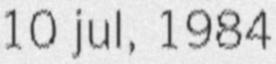
10 jul, 1984